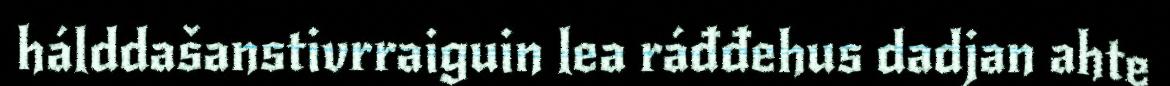
hálddašanstivrraiguin lea ráđđehus dadjan ahte